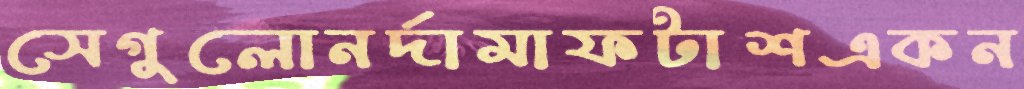
সেগুলোনর্দামাফটাশএকন